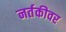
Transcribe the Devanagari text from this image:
नर्तकीवर